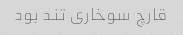
قارچ سوخاری تند بود